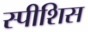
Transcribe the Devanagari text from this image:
स्पीशिस